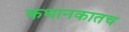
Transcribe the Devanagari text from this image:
कथानकातच